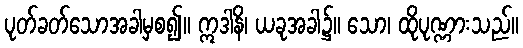
ပုတ်ခတ်သောအခါမှစ၍။ ဣဒါနိ၊ ယခုအခါ၌။ သော၊ ထိုပုဏ္ဏားသည်။